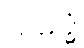
သမ္ဗုဒ္ဓံ